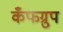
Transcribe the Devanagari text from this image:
कँफग्रुप